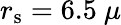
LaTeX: r_{\mathrm{s}}=6.5~\mu